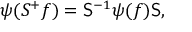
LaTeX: \psi ( S ^ { + } f ) = { \sf { S } } ^ { - 1 } \psi ( f ) { \sf { S } } ,